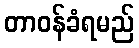
တာဝန်ခံရမည်